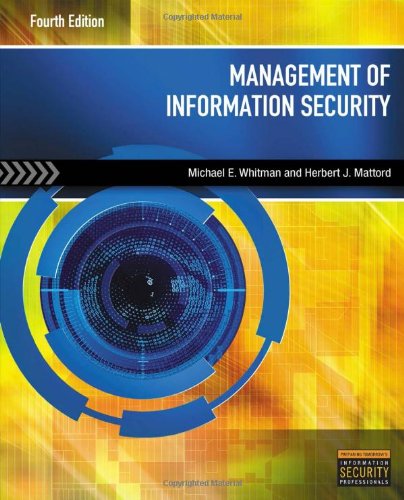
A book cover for Management of Information Security; Michael E. Whitman; Computers & Technology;